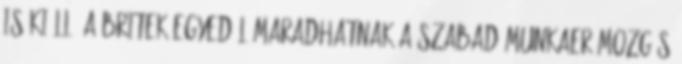
is kiáll. A britek egyedül maradhatnak a szabad munkaerőmozgás